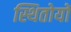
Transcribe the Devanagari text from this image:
स्थितोयों